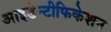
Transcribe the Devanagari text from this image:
आइडेन्टीफिकेशन